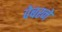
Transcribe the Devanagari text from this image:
वेबरने